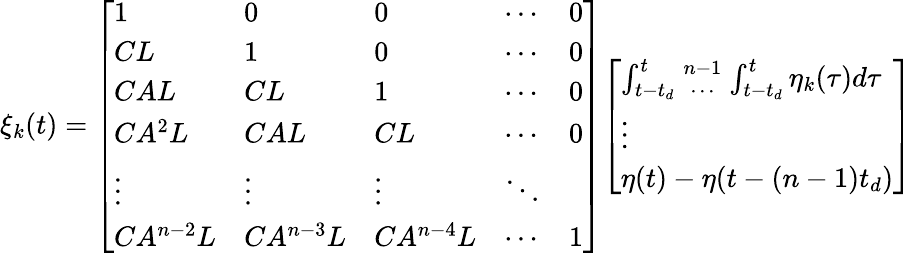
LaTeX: \xi_{k}(t)={\left[\begin{array}{lllll}{1}&{0}&{0}&{\cdots}&{0}\\ {CL}&{1}&{0}&{\cdots}&{0}\\ {CAL}&{CL}&{1}&{\cdots}&{0}\\ {CA^{2}L}&{CAL}&{CL}&{\cdots}&{0}\\ {\vdots}&{\vdots}&{\vdots}&{\ddots}\\ {CA^{n-2}L}&{CA^{n-3}L}&{CA^{n-4}L}&{\cdots}&{1}\end{array}\right]}{\left[\begin{array}{l}{\int_{t-t_{d}}^{t}{{n-1}\atop\cdots}\int_{t-t_{d}}^{t}\eta_{k}(\tau)d\tau}\\ {\vdots}\\ {\eta(t)-\eta(t-(n-1)t_{d})}\end{array}\right]}